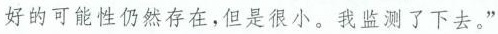
好的可能性仍然存在，但是很小。我监测了下去。”